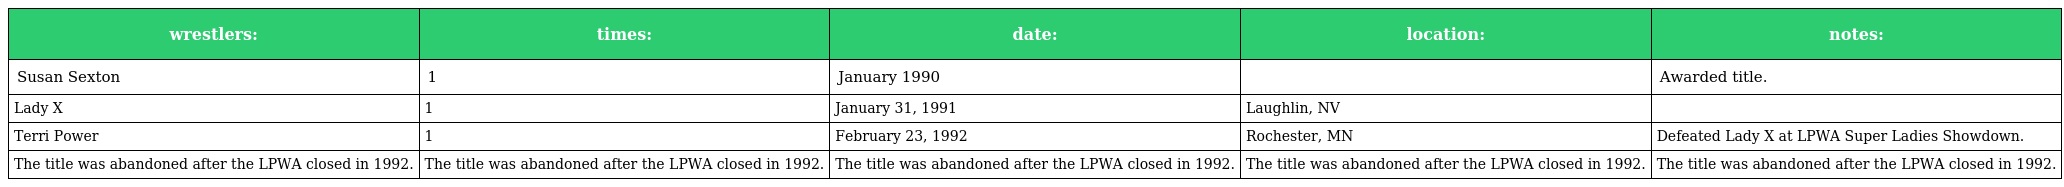
| wrestlers: | times: | date: | location: | notes: |
 | --- | --- | --- | --- | --- |
 | Susan Sexton | 1 | January 1990 |  | Awarded title. |
 | Lady X | 1 | January 31, 1991 | Laughlin, NV |  |
 | Terri Power | 1 | February 23, 1992 | Rochester, MN | Defeated Lady X at LPWA Super Ladies Showdown. |
 | The title was abandoned after the LPWA closed in 1992. | The title was abandoned after the LPWA closed in 1992. | The title was abandoned after the LPWA closed in 1992. | The title was abandoned after the LPWA closed in 1992. | The title was abandoned after the LPWA closed in 1992. |